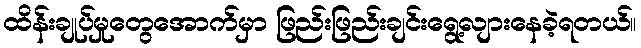
ထိန်းချုပ်မှုတွေအောက်မှာ ဖြည်းဖြည်းချင်းရွေ့လျားနေခဲ့ရတယ်။